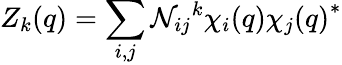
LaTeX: Z_{k}(q)=\sum_{i,j}\mathcal{N}_{ij}{}^{k}\chi_{i}(q){\chi_{j}(q)}^{*}